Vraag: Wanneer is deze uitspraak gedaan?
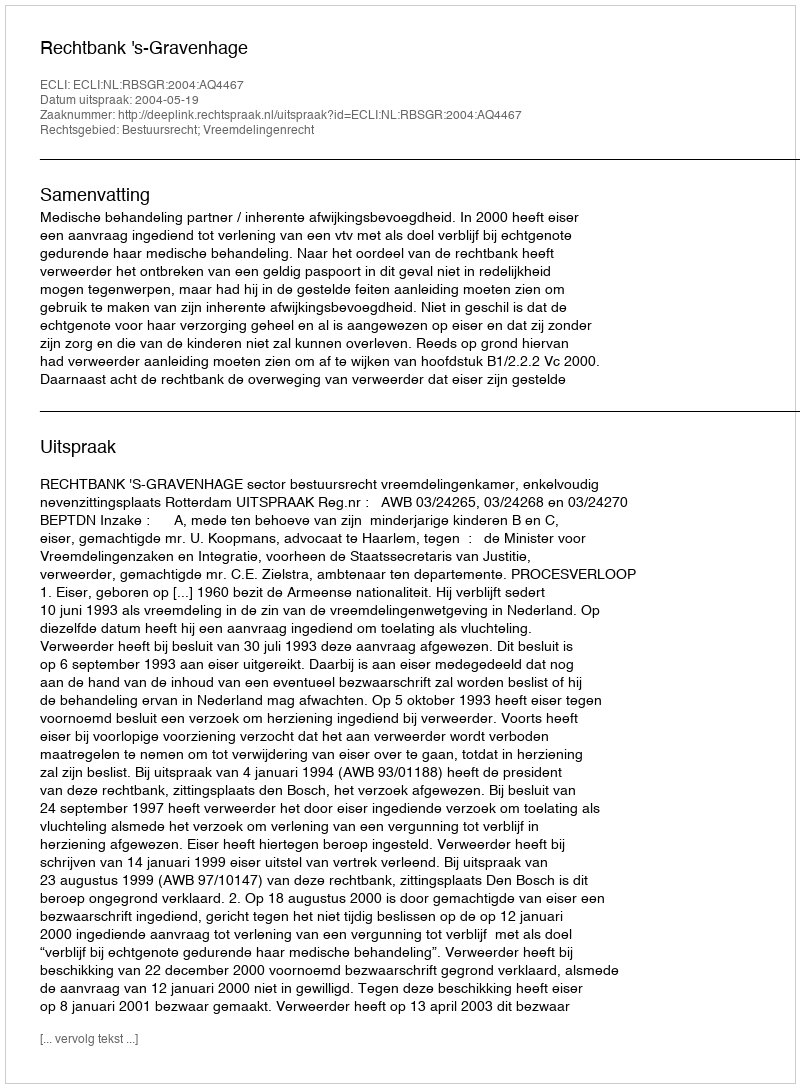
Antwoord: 2004-05-19